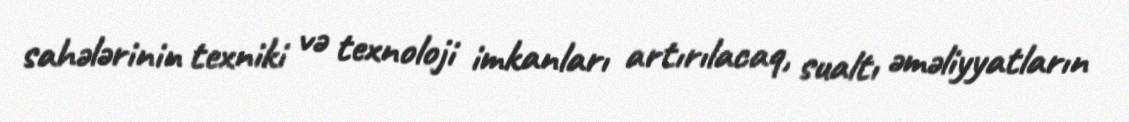
sahələrinin texniki və texnoloji imkanları artırılacaq, sualtı əməliyyatların